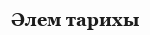
Әлем тарихы